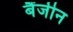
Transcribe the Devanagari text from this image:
बैंजीन